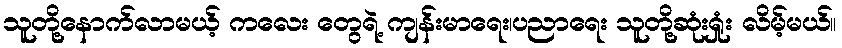
သူတို့နောက်လာမယ့် ကလေး တွေရဲ့ ကျန်းမာရေး၊ပညာရေး သူတို့ဆုံးရှုံး လိမ့်မယ်။